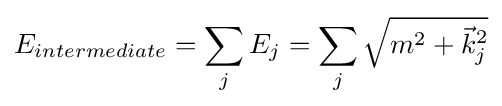
E_{intermediate}=\sum _{j}E_{j}=\sum _{j}{\sqrt {m^{2}+{\vec {k}}_{j}^{2}}}